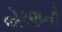
એરણની